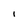
Character: i